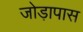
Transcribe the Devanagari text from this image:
जोड़ापास